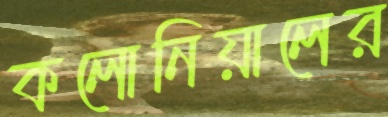
কলোনিয়ালের